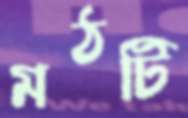
মঠটি